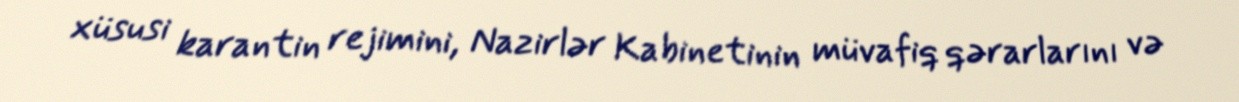
xüsusi karantin rejimini, Nazirlər Kabinetinin müvafiq qərarlarını və